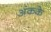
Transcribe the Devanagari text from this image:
अंकके